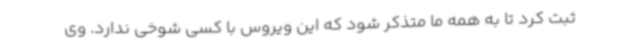
ثبت کرد تا به همه ما متذکر شود که این ویروس با کسی شوخی ندارد. وی